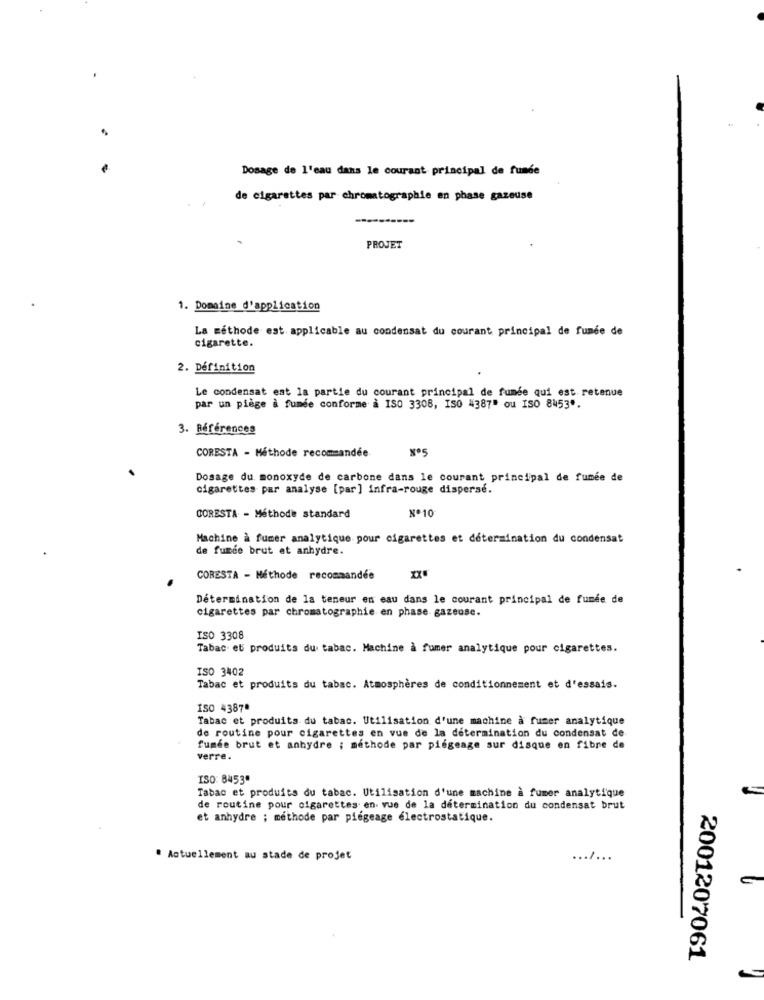
Dosage de l'eau dans le courant principal de funde
de cigarettes par chromatographie en phase gazeuse
PROJET
1. Domaine d'application
La méthode est. applicable au condensat du courant principal de fumée de
cigarette.
2. Définition
Le condensat est la partie du courant principal de fumée qui est retenue
par un piège à fumée conforme à ISO 3308, ISO 4387" ou ISO 8453".
3. Références
CORESTA - Méthode recommandée
Nº5
Dosage du monoxyde de carbone dans le courant principal de fumée de
cigarettes par analyse [par] infra-rouge disperse.
Nº10
CORESTA - Méthode standard
Machine à fumer analytique pour cigarettes et determination du condensat
de fumée brut et anhydre.
CORESTA - Méthode recommandée
XX
Détermination de la teneur en eau dans le courant principal de fumée de
cigarettes par chromatographie en phase gazeuse.
ISO 3308
Tabac et produits du tabac. Machine à fumer analytique pour cigarettes.
ISO 3402
Tabac et produits du tabac. Atmosphères de conditionnement et d'essais.
ISO 43878
Tabac et produits du tabac. Utilisation d'une machine à fumer analytique
de routine pour cigarettes en vue de la détermination du condensat de
fumée brut et anhydre ; méthode par piégeage sur disque en fibre de
verre.
ISO: 8453"
Tabac et produits du tabac. Utilisation d'une machine à fumer analytique
de routine pour cigarettes en vue de la determination du condensat brut
et anhydre ; methode par piegeage électrostatique.
# Actuellement au stade de projet
./ ...
2001207061